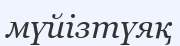
мүйізтүяқ